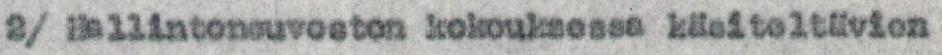
2/ Hallintoneuvoston kokouksessa käsiteltävien